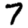
Digit: 7